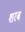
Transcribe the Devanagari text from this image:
शरब